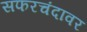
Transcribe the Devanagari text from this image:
सफरचंदावर